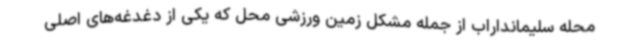
محله سلیمانداراب از جمله مشکل زمین ورزشی محل که یکی از دغدغه‌های اصلی